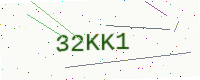
Text: 32KK1